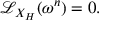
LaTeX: { \mathcal { L } } _ { X _ { H } } ( \omega ^ { n } ) = 0 .